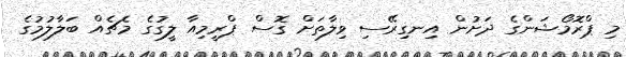
މި ޕްރޮމޯޝަންގެ ދަށުން އިނގިރޭސި ވިލާތަށް ގޮސް ޕްރީމިއާ ލީގުގެ މެޗެއް ބަލާލުމުގެ